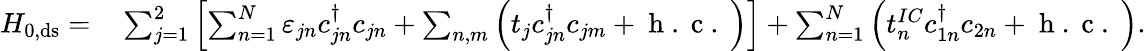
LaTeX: \begin{array}{rl}{H_{0,\mathrm{ds}}=}&{{}\sum_{j=1}^{2}\left[\sum_{n=1}^{N}\varepsilon_{jn}c_{jn}^{\dagger}c_{jn}+\sum_{n,m}\left(t_{j}c_{jn}^{\dagger}c_{jm}+\mathrm{~h~.~c~.~}\right)\right]+\sum_{n=1}^{N}\left(t_{n}^{IC}c_{1n}^{\dagger}c_{2n}+\mathrm{~h~.~c~.~}\right).}\end{array}